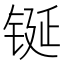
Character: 𮣴